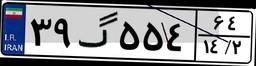
۰۹گ۵۸۸۲۳